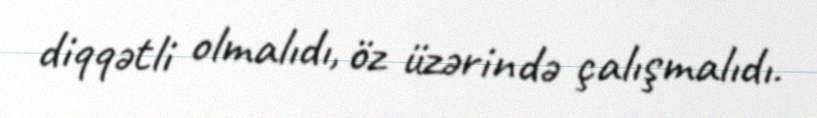
diqqətli olmalıdı, öz üzərində çalışmalıdı.